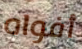
أفواه